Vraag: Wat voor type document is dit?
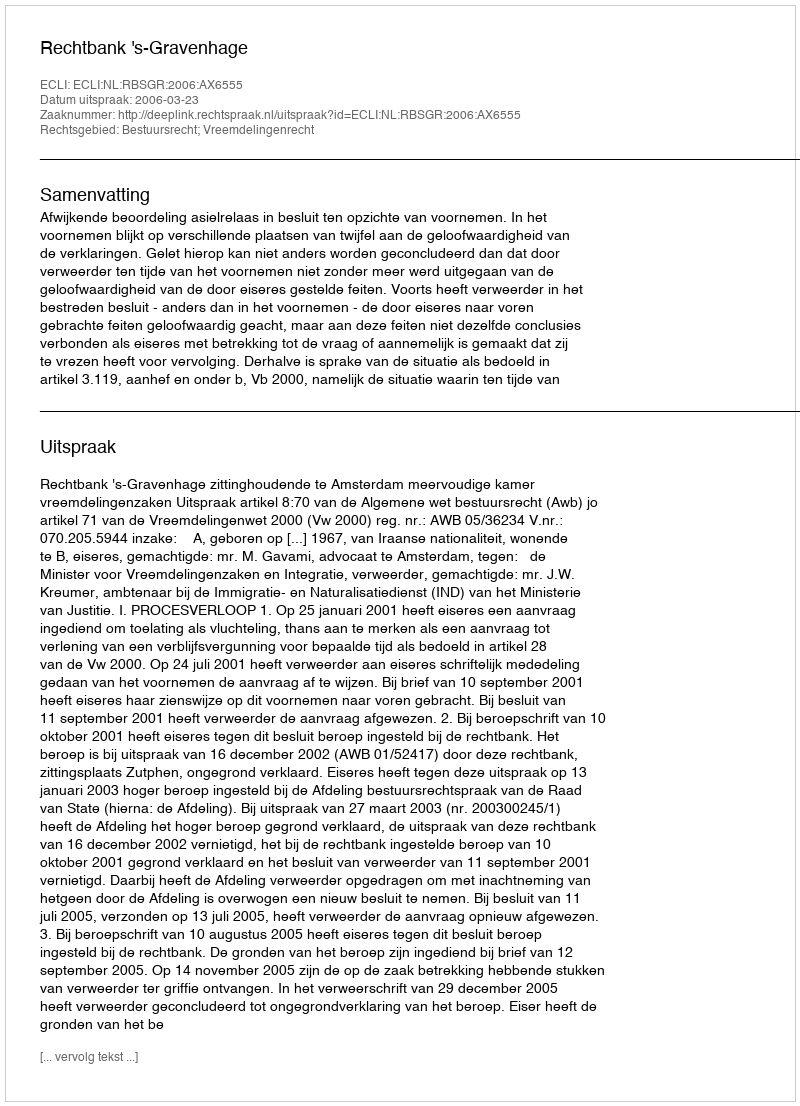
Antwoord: Uitspraak